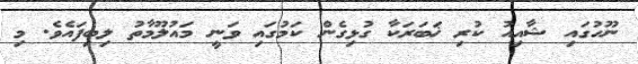
ނޫހުގައި ޝާއިއު ކުރި ޚަބަރަކާ ގުޅިގެން ކަމުގައި ވަނީ މައުލޫމާތު ލިބިފައެވެ. މި